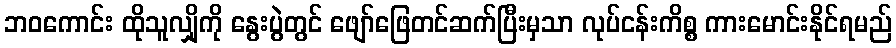
ဘဝကောင်း ထိုသူလျှိုကို နွေးပွဲတွင် ဖျော်ဖြေတင်ဆက်ပြီးမှသာ လုပ်ငန်းကိစ္စ ကားမောင်းနိုင်ရမည်